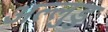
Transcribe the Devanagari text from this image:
अल्लुडु